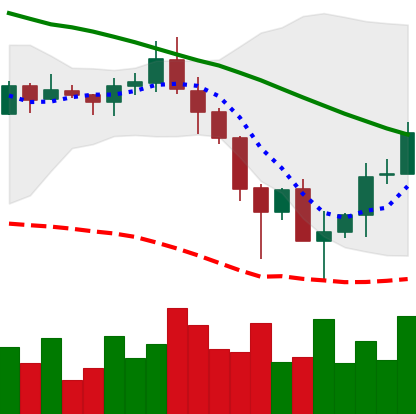
Ticker: ADA-USD
Chart end date: 2019-11-29
Forward return: -9.7%
Label: down_7plus